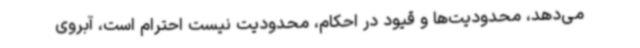
می‌دهد، محدودیت‌ها و قیود در احکام، محدودیت نیست احترام است، آبروی